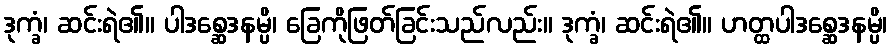
ဒုက္ခံ၊ ဆင်းရဲ၏။ ပါဒစ္ဆေဒနမ္ပိ၊ ခြေကိုဖြတ်ခြင်းသည်လည်း။ ဒုက္ခံ၊ ဆင်းရဲ၏။ ဟတ္ထပါဒစ္ဆေဒနမ္ပိ၊